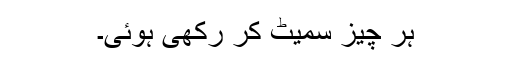
ہر چیز سمیٹ کر رکھی ہوئی۔